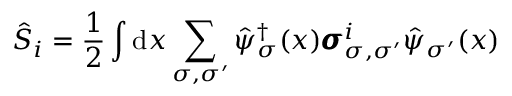
\hat { S } _ { i } = \frac { 1 } { 2 } \int \mathrm { d } x \sum _ { \sigma , \sigma ^ { \prime } } \hat { \psi } _ { \sigma } ^ { \dagger } ( x ) \pmb { \sigma } _ { \sigma , \sigma ^ { \prime } } ^ { i } \hat { \psi } _ { \sigma ^ { \prime } } ( x )